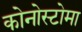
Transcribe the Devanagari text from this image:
कोनोस्टोमा